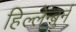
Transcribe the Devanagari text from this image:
हिल्लेन्बुर्न